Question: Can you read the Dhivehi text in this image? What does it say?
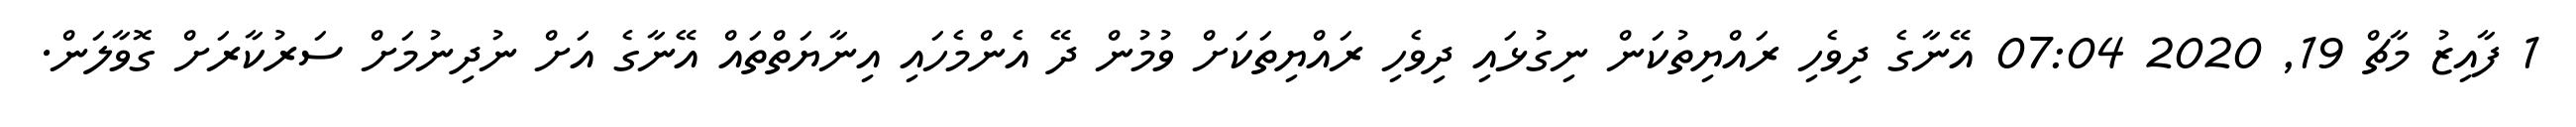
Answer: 1 ފާއިޒު މާޗް 19, 2020 07:04 އޭނާގެ ދިވެހި ރައްޔިތުކަން ނިގުޅައި ދިވެހި ރައްޔިތަކަށް ވުމުން ދޭ އެންމެހައި އިނާޔަތްތައް އޭނާގެ އަށް ނުދިނުމަށް ސަރުކާރަށް ގޮވާލަން.